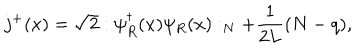
LaTeX: j ^ { + } ( x ) = \sqrt { 2 } : \psi _ { R } ^ { \dagger } ( x ) \psi _ { R } ( x ) : _ { N } + { \frac { 1 } { 2 L } } ( N - { q } ) ,